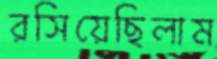
রসিয়েছিলাম